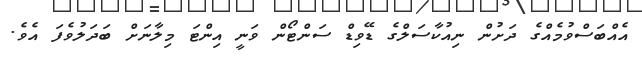
އެއްބަސްވުމެއްގެ ދަށުން ނިއުކާސަލްގެ ޑޭވިޑް ސަންޓޯން ވަނީ އިންޓަ މިލާނަށް ބަދަލުވެފަ އެވެ.